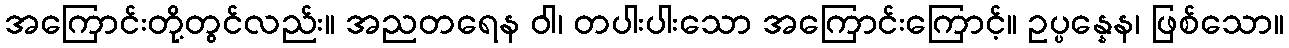
အကြောင်းတို့တွင်လည်း။ အညတရေန ဝါ၊ တပါးပါးသော အကြောင်းကြောင့်။ ဥပ္ပန္နေန၊ ဖြစ်သော။